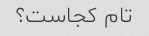
تام کجاست؟